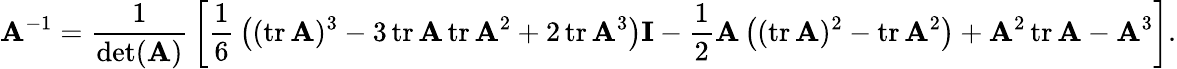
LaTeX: \mathbf{A}^{-1}={\frac{1}{\operatorname*{det}(\mathbf{A})}}\left[{\frac{1}{6}}\left((\operatorname{tr}\mathbf{A})^{3}-3\operatorname{tr}\mathbf{A}\operatorname{tr}\mathbf{A}^{2}+2\operatorname{tr}\mathbf{A}^{3}\right)\mathbf{I}-{\frac{1}{2}}\mathbf{A}\left((\operatorname{tr}\mathbf{A})^{2}-\operatorname{tr}\mathbf{A}^{2}\right)+\mathbf{A}^{2}\operatorname{tr}\mathbf{A}-\mathbf{A}^{3}\right].